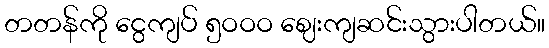
တတန်ကို ငွေကျပ် ၅ဝဝဝ ဈေးကျဆင်းသွားပါတယ်။